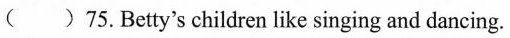
()75.Betty's children like singing and dancing.